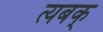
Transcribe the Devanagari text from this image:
त्यबक्